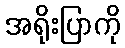
အရိုးပြာကို